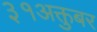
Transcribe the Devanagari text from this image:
३१अक्तुबर